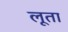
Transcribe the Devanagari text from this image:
लूता